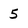
Character: 5